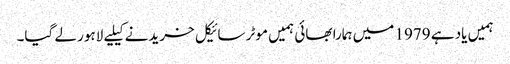
ہمیں یاد ہے 1979 میں ہمارا بھائی ہمیں موٹر سائیکل خریدنے کیلیے لاہور لے گیا۔